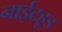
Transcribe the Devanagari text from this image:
नाईटहूड